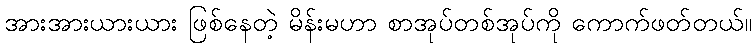
အားအားယားယား ဖြစ်နေတဲ့ မိန်းမဟာ စာအုပ်တစ်အုပ်ကို ကောက်ဖတ်တယ်။